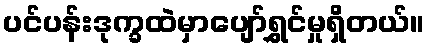
ပင်ပန်းဒုက္ခထဲမှာပျော်ရွှင်မှုရှိတယ်။